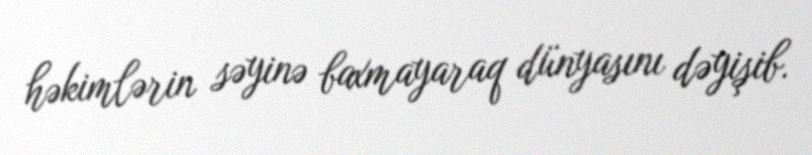
həkimlərin səyinə baxmayaraq dünyasını dəyişib.